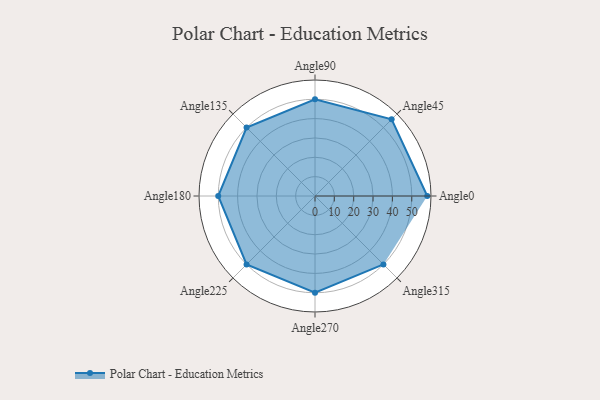
{"axis": {"x": "Angle", "y": "Radius"}, "legend": [""], "data": [{"x": "Angle0", "y": 58.0, "type": ""}, {"x": "Angle45", "y": 56.0, "type": ""}, {"x": "Angle90", "y": 50, "type": ""}, {"x": "Angle135", "y": 50, "type": ""}, {"x": "Angle180", "y": 50, "type": ""}, {"x": "Angle225", "y": 50, "type": ""}, {"x": "Angle270", "y": 50, "type": ""}, {"x": "Angle315", "y": 50, "type": ""}]}